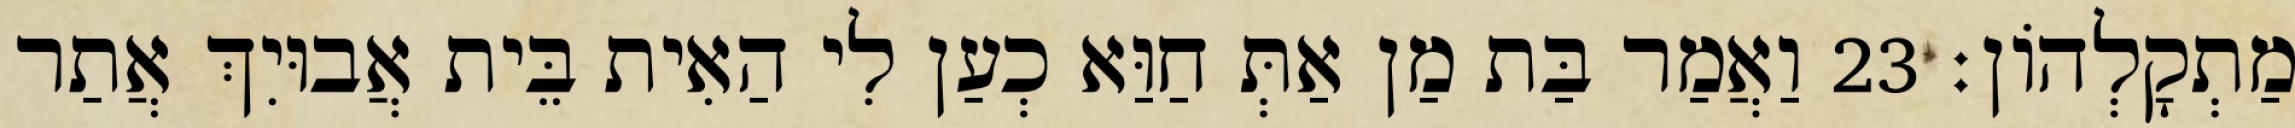
מַתְקָלְהוֹן׃ 23 וַאֲמַר בַּת מַן אַתְּ חַוַּא כְעַן לִי הַאִית בֵּית אֲבוּיִךְ אֲתַר